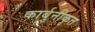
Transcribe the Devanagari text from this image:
कार्बुनीकृत